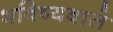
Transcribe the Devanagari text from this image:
भविष्यवाले